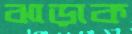
ঝাড়াক